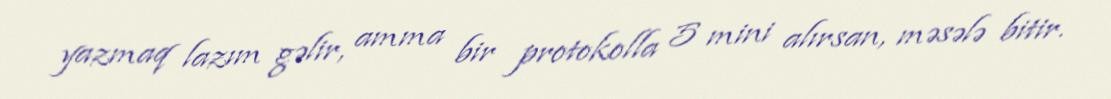
yazmaq lazım gəlir, amma bir protokolla 5 mini alırsan, məsələ bitir.